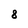
Character: 8